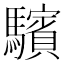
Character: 驞